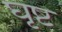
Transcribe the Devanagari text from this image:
घृष्ट